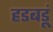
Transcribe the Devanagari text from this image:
हडबडूं